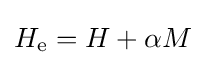
H_{\text{e}}=H+\alpha M